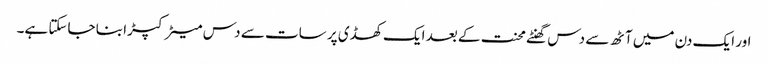
اور ایک دن میں آٹھ سے دس گھنٹے محنت کے بعد ایک کھڈی پر سات سے دس میٹر کپڑا بنا جاسکتا ہے۔